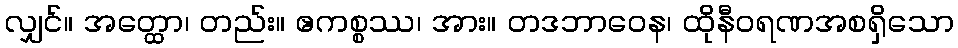
လျှင်။ အတ္ထော၊ တည်း။ ဧကစ္စဿ၊ အား။ တဒဘာဝေန၊ ထိုနီဝရဏအစရှိသော